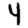
Digit: 4